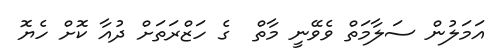
އަމަލުން ސަލާމަތް ވެވޭނީ މާތް  ގެ ހަޒްރަތަށް ދުއާ ކޮށް ހެޔޮ